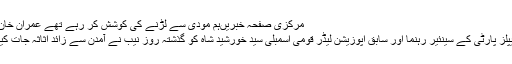
مرکزی صفحہ خبریںہم مودی سے لڑنے کی کوشش کر رہے تھے عمران خان نے ہم سے ہی لڑنا ..
اسلام آباد : : پاکستان پیپلز پارٹی کے سینئیر رہنما اور سابق اپوزیشن لیڈر قومی اسمبلی سید خورشید شاہ کو گذشتہ روز نیب نے آمدن سے زائد اثاثہ جات کیس میں گرفتار کیا تھا۔